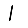
Digit: 1